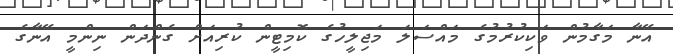
އޭނާ މަގާމުން ވަކިކުރުމުގެ މައްސަލަ މަޖިލީހުގެ ކޮމިޓީން ކުރިއަށް ގެންދަން ނިންމީ އޭނާގެ